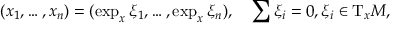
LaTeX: ( x _ { 1 } , \dots , x _ { n } ) = ( \exp _ { x } \xi _ { 1 } , \dots , \exp _ { x } \xi _ { n } ) , \quad \sum \xi _ { i } = 0 , \xi _ { i } \in \mathrm { T } _ { x } { \cal M } ,